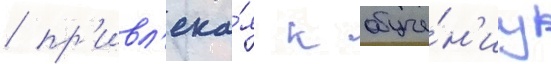
/ пр'ивл'ека́я к обуче́н'иу